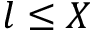
l \leq X